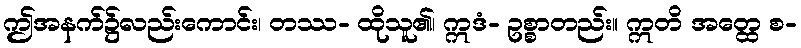
ဤအနက်၌လည်းကောင်း၊ တဿ- ထိုသူ၏၊ ဣဒံ- ဥစ္စာတည်း။ ဣတိ အတ္ထေ စ-